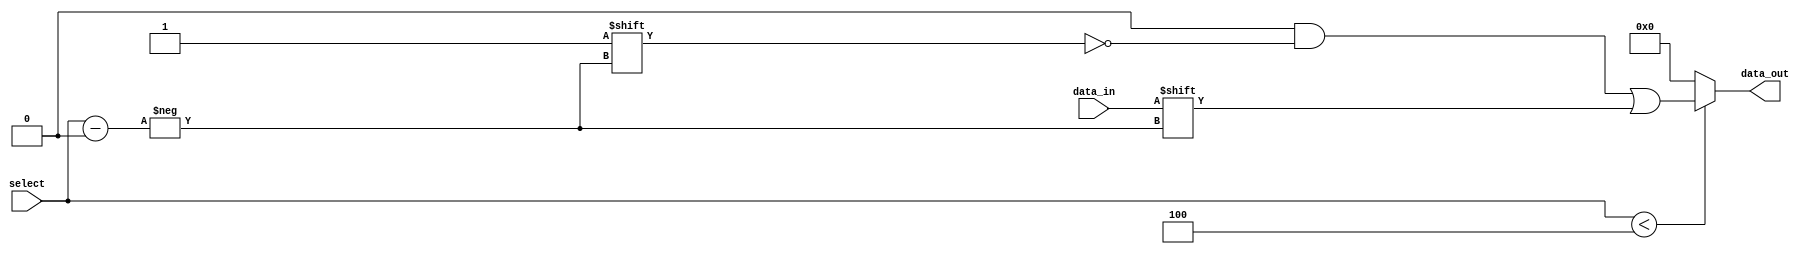
module ParameterizedDemux #(
    parameter N = 4 // Default number of output lines (can be overridden)
) (
    input wire data_in,                // Input data signal
    input wire [$clog2(N)-1:0] select, // Select signal (log2(N) bits)
    output reg [N-1:0] data_out        // Output data signal array
);

// Always block to handle data routing
always @* begin
    // Default all outputs to low
    data_out = {N{1'b0}};
    
    // Route data_in to the selected output line
    if (select < N) begin
        data_out[select] = data_in;
    end
end

endmodule